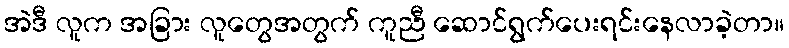
အဲဒီ လူက အခြား လူတွေအတွက် ကူညီ ဆောင်ရွက်ပေးရင်းနေလာခဲ့တာ။